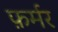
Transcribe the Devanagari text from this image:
फ़र्मर